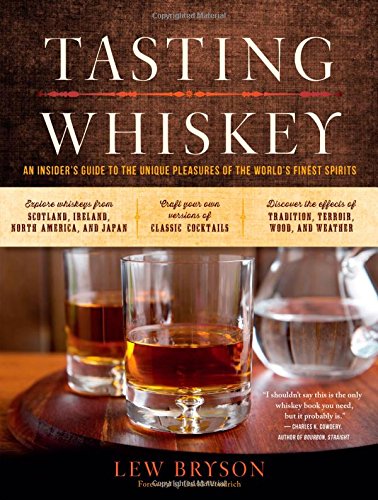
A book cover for Tasting Whiskey: An Insider's Guide to the Unique Pleasures of the World's Finest Spirits; Lew Bryson; Cookbooks, Food & Wine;